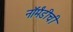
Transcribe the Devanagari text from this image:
नॉर्मंडीची